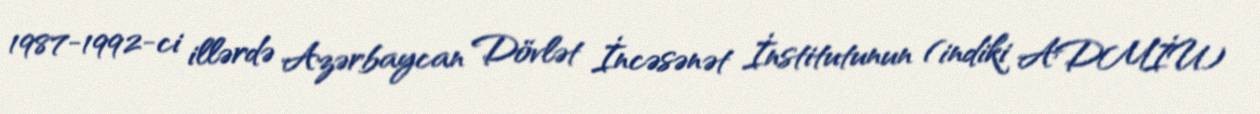
1987-1992-ci illərdə Azərbaycan Dövlət İncəsənət İnstitutunun (indiki ADMİU)